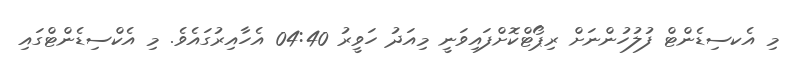
މި އެކސިޑެންޓް ފުލުހުންނަށް ރިޕޯޓްކޮށްފައިވަނީ މިއަދު ހަވީރު 04:40 އެހާއިރުގައެވެ. މި އެކްސިޑެންޓްގައި